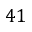
4 1